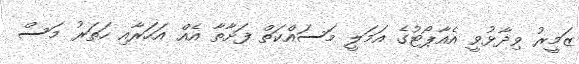
ޒަމީރު ވިދާޅުވީ އެއާޕޯޓުގެ އަމަލީ މަސައްކަތް ފަށާތާ އެއް އަހަރާއި ހަތަރު މަސް